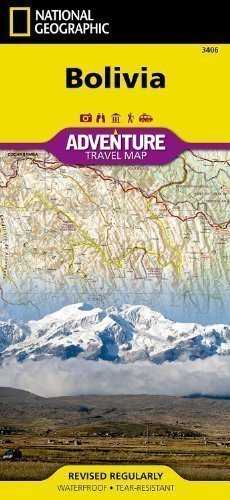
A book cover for Bolivia Travel Maps International Adventure Map (National Geographic Adventure Travel Maps) by National Geographic Maps published by NATIONAL GEOGRAPHIC MAPS DIVISION (2012); Travel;